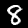
Digit: 8